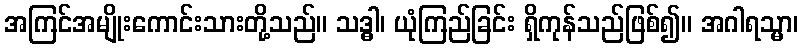
အကြင်အမျိုးကောင်းသားတို့သည်။ သဒ္ဓါ၊ ယုံကြည်ခြင်း ရှိကုန်သည်ဖြစ်၍။ အဂါရသ္မာ၊